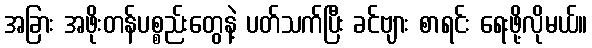
အခြား အဖိုးတန်ပစ္စည်းတွေနဲ့ ပတ်သက်ပြီး ခင်ဗျား စာရင်း ရေးဖို့လိုမယ်။